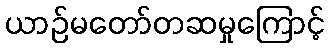
ယာဉ်မတော်တဆမှုကြောင့်